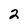
Character: 2